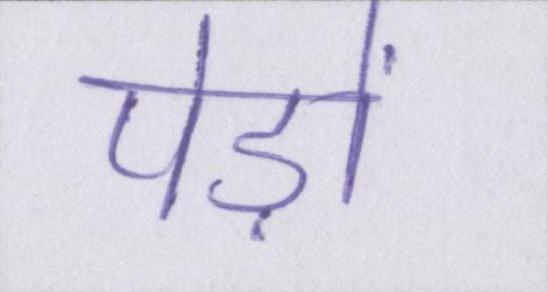
पेड़ों